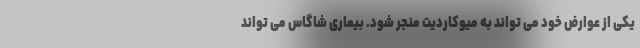
یکی از عوارض خود می تواند به میوکاردیت منجر شود. بیماری شاگاس می تواند